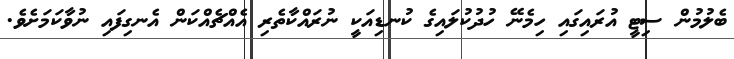
ބެލުމުން ސިޓީ އުރައިގައި ހިމެނޭ ހުދުކުލައިގެ ކުނޑިއަކީ ނުރައްކާތެރި އެއްޗެއްކަން އެނގިފައި ނުވާކަމަށެވެ.